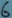
Text: 6